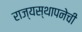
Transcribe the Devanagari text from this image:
राज्यस्थापनेची